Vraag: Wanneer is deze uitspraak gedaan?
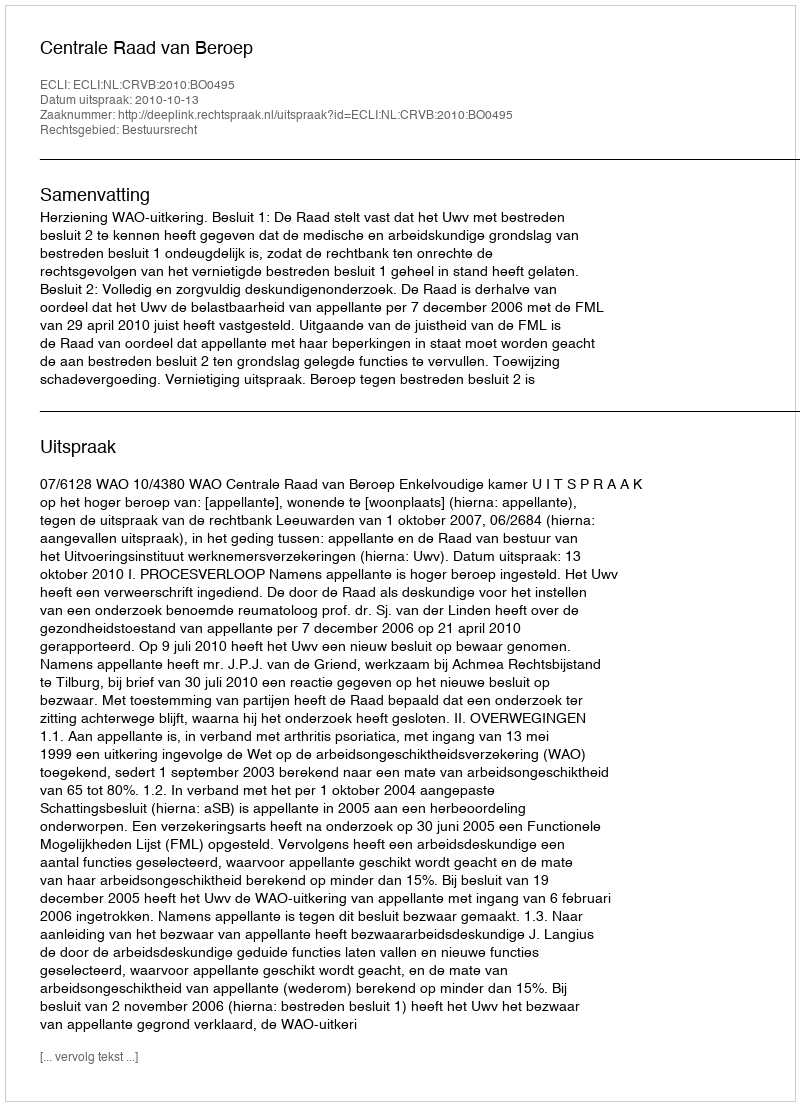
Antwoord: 2010-10-13